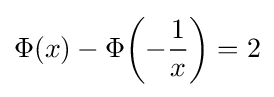
\Phi (x)-\Phi \!\left(-{\frac {1}{x}}\right)=2